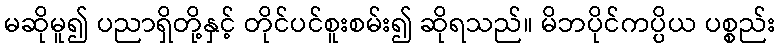
မဆိုမူ၍ ပညာရှိတို့နှင့် တိုင်ပင်စူးစမ်း၍ ဆိုရသည်။ မိဘပိုင်ကပ္ပိယ ပစ္စည်း